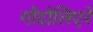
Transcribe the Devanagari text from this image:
गोंदोलिएरे